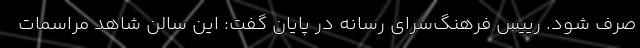
صرف شود. رییس فرهنگ‌سرای رسانه در پایان گفت: این سالن شاهد مراسمات